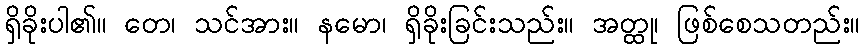
ရှိခိုးပါ၏။ တေ၊ သင်အား။ နမော၊ ရှိခိုးခြင်းသည်း။ အတ္ထု၊ ဖြစ်စေသတည်း။